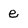
Character: e